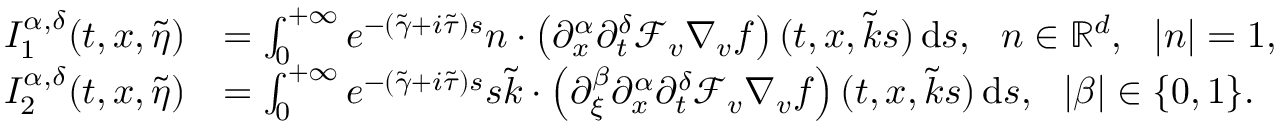
\begin{array} { r l } { I _ { 1 } ^ { \alpha , \delta } ( t , x , \widetilde { \eta } ) } & { = \int _ { 0 } ^ { + \infty } e ^ { - ( \widetilde { \gamma } + i \widetilde { \tau } ) s } n \cdot \left( \partial _ { x } ^ { \alpha } \partial _ { t } ^ { \delta } \mathcal { F } _ { v } \nabla _ { v } f \right) ( t , x , \widetilde { k } s ) \, \mathrm { d } s , \ \ n \in \mathbb R ^ { d } , \ \ \vert n \vert = 1 , } \\ { I _ { 2 } ^ { \alpha , \delta } ( t , x , \widetilde { \eta } ) } & { = \int _ { 0 } ^ { + \infty } e ^ { - ( \widetilde { \gamma } + i \widetilde { \tau } ) s } s \widetilde { k } \cdot \left( \partial _ { \xi } ^ { \beta } \partial _ { x } ^ { \alpha } \partial _ { t } ^ { \delta } \mathcal { F } _ { v } \nabla _ { v } f \right) ( t , x , \widetilde { k } s ) \, \mathrm { d } s , \ \ \vert \beta \vert \in \lbrace 0 , 1 \rbrace . } \end{array}